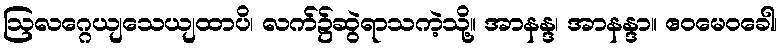
ဩလဂ္ဂေယျသေယျထာပိ၊ လက်၌ဆွဲရာသကဲ့သို့။ အာနန္ဒ၊ အာနန္ဒာ။ ဧဝမေဝခေါ၊